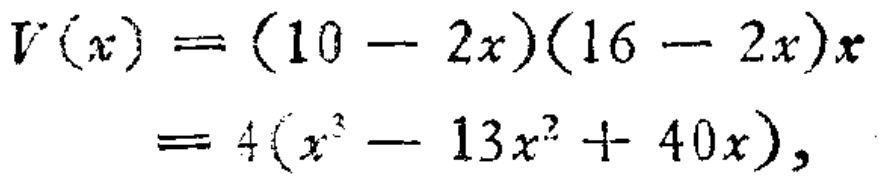
\[
\begin{align*}
V(x)&=(10 - 2x)(16 - 2x)x\\
&=4(x^{3}-13x^{2}+40x),
\end{align*}
\]